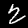
Label: 2